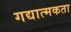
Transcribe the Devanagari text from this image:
गद्यात्मकता